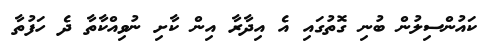
ކައުންސިލުން ބުނި ގޮތުގައި އެ އިދާރާ އިން ކާށި ނުވިއްކާތާ ދެ ހަފުތާ